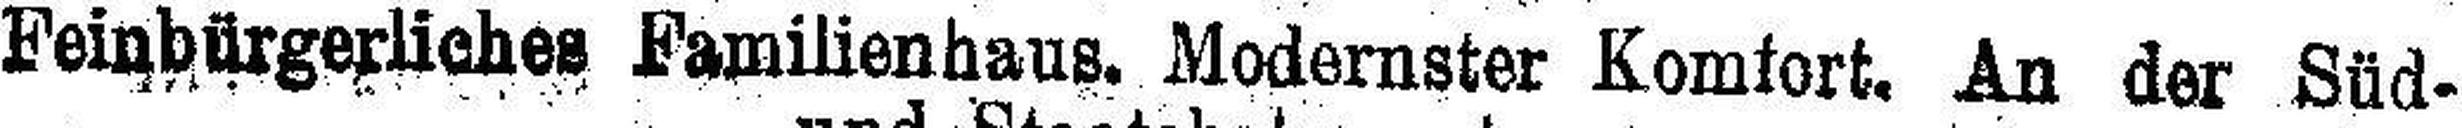
Feinbürgerliches Familienhaus. Modernster Komfort, An der Süd-